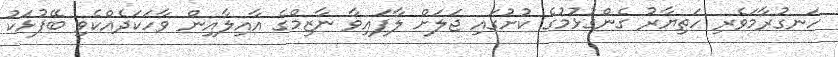
ހަނގުރާމަވެރި ހަތިޔާރު ގެންގުޅުމުގެ ކުށުގައި ޖަލަށް ލާފައިވާ ނާޒިމްގެ އާއިލާއިން ވާހަކަދެއްކެވި ބޭފުޅަކު